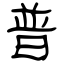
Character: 普